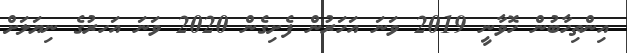
އިންތިހާބުން ހޮވާނީ 2019 ވަނަ އަހަރުން ފެށިގެން 2020 ވަނަ އަހރުގެ ނިޔަލަށް